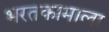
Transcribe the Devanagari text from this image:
भरतकामाला